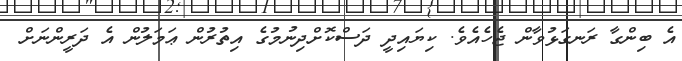
އެ ބިންގާ ރަނގަޅުވާން ޖެހެއެވެ. ކިޔައިދީ ދަސްކޮށްދިނުމުގެ އިތުރުން ޢަމަލުން އެ ދަރީންނަށް